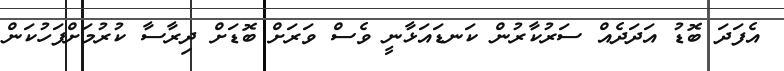
އެފަދަ ބޮޑު އަދަދެއް ސަރުކާރުން ކަނޑައަޅާނީ ވެސް ވަރަށް ބޮޑަށް ދިރާސާ ކުރުމަށްފަހުކަން